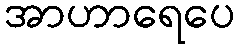
အာဟာရေပေ